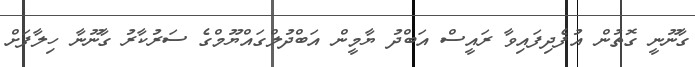
ގާނޫނީ ގޮތުން އުފެދިފައިވާ ރައީސް އަބްދު ޔާމީން އަބްދުލްގައްޔޫމްގެ ސަރުކާރު ގާނޫނާ ހިލާފަށް